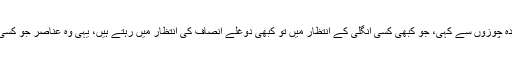
تیسری بات جو آصف علی زرداری صاحب نے ان سازشی عناصر، ان کے گندے انڈوں اور ان کے نوزائیدہ چوزوں سے کہی، جو کبھی کسی اُنگلی کے انتظار میں تو کبھی دوغلے انصاف کی انتظار میں رہتے ہیں، یہی وہ عناصر جو کسی آمر کو اپنی عمر لگ جانے کی خوشامدی دعا کر کے اقتدار کیلئے چور دروازہ استعمال کرتے آئے ہیں۔